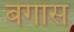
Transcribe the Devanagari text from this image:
बगास